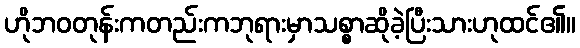
ဟိုဘဝတုန်းကတည်းကဘုရားမှာသစ္စာဆိုခဲ့ပြီးသားဟုထင်၏။